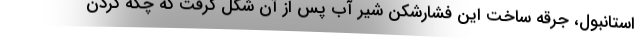
استانبول، جرقه ساخت این فشارشکن شیر آب پس از آن شکل گرفت که چکه کردن